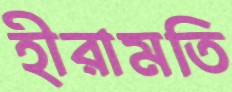
হীরামতি